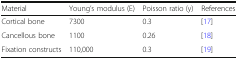
| Material | Young’s modulus (E) | Poisson ratio (y) | References |
 | --- | --- | --- | --- |
 | Cortical bone | 7300 | 0.3 | [17] |
 | Cancellous bone | 1100 | 0.26 | [18] |
 | Fixation constructs | 110,000 | 0.3 | [19] |